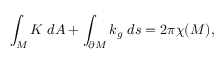
\int _ { M } K \; d A + \int _ { \partial M } k _ { g } \; d s = 2 \pi \chi ( M ) ,